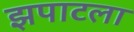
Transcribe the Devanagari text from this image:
झपाटला